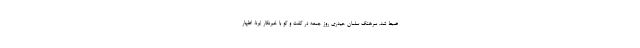
ضبط شد. سرهنگ سلمان حیدری روز جمعه در گفت و گو با خبرنگار ایرنا، اظهار